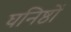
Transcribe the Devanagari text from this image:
घनिष्ठों